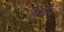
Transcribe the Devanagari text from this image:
बर्दघाट